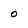
Character: O